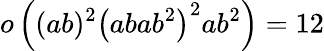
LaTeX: o\left((ab)^{2}\left(abab^{2}\right)^{2}ab^{2}\right)=12